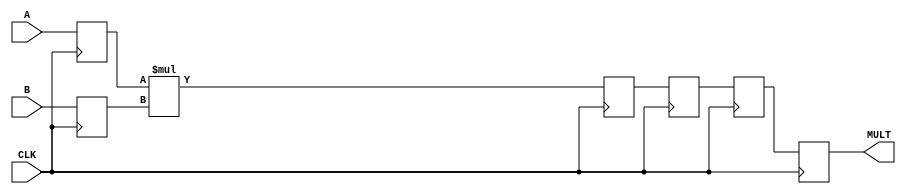
module pipelined_multiplier_Outside_Shift(
    input CLK,
    input [17:0] A,
    input [17:0] B,
    output [35:0] MULT
    );
	 
	 reg [35:0] MULT;
	 
	 reg [17:0] a_in, b_in;
	 wire [35:0] mult_res;
	 reg [35:0] pipe_regs [2:0];
	 
	 assign mult_res = a_in * b_in;
	 
	 integer i;
	 always @ (posedge CLK) begin
		a_in <= A;
		b_in <= B;
		pipe_regs[2] <= mult_res;
		for (i = 0; i <= 1; i = i + 1)
			pipe_regs[i] <= pipe_regs[i + 1];
		MULT <= pipe_regs[0];
	 end
endmodule